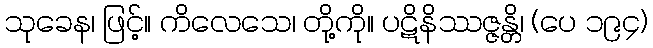
သုခေန၊ ဖြင့်။ ကိလေသေ၊ တို့ကို။ ပဋိနိဿဇ္ဇန္တိ၊ (ပေ ၁၉၄)